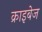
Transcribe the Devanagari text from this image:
क्राइबेज